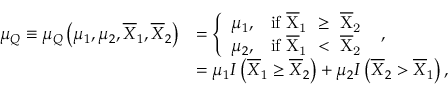
\begin{array} { r l } { \mu _ { Q } \equiv \mu _ { Q } \left( \mu _ { 1 } , \mu _ { 2 } , \overline { { X } } _ { 1 } , \overline { { X } } _ { 2 } \right) } & { = \left\{ \begin{array} { l l } { \mu _ { 1 } , } & { \mathrm { i f ~ \overline { { X } } _ 1 ~ \geq ~ \overline { { X } } _ 2 ~ } } \\ { \mu _ { 2 } , } & { \mathrm { i f ~ \overline { { X } } _ 1 ~ < ~ \overline { { X } } _ 2 ~ } } \end{array} \right. , } \\ & { = \mu _ { 1 } I \left( \overline { { X } } _ { 1 } \geq \overline { { X } } _ { 2 } \right) + \mu _ { 2 } I \left( \overline { { X } } _ { 2 } > \overline { { X } } _ { 1 } \right) , } \end{array}